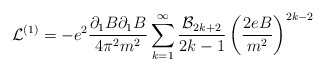
\begin{align*}{\cal L}^{(1)}=-e^2\frac{\partial _{1}B\partial _{1}B}{4\pi^2m^2}\sum_{k=1}^{\infty}\frac{{\cal B}_{2k+2}}{2k-1}\left( \frac{2eB}{m^{2}}\right)^{2k-2}\end{align*}